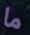
ما